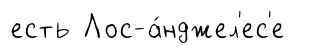
есть Лос-а́нджел'ес'е